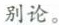
别论。